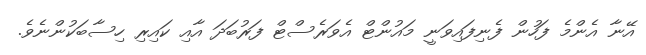
އޭނާ އެންމެ ފަހުން ފެނިފައިވަނީ މައުންޓް އެވަރެސްޓް ފަރުބަދަ އާއި ކައިރި ހިސާބަކުންނެވެ.